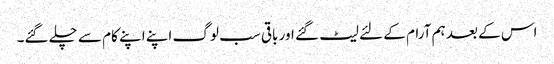
اس کے بعد ہم آرام کے لئے لیٹ گئے اور باقی سب لوگ اپنے اپنے کام سے چلے گئے۔